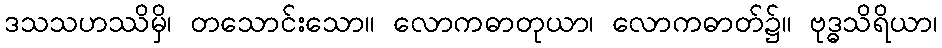
ဒသသဟဿိမှိ၊ တသောင်းသော။ လောကဓာတုယာ၊ လောကဓာတ်၌။ ဗုဒ္ဓသိရိယာ၊